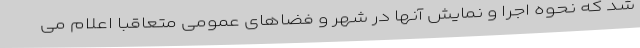
شد که نحوه اجرا و نمایش آنها در شهر و فضاهای عمومی متعاقبا اعلام می